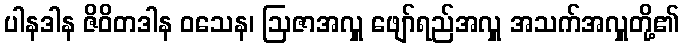
ပါနဒါန ဇိဝိတဒါန ဝသေန၊ ဩဇာအလှူ ဖျော်ရည်အလှူ အသက်အလှူတို့၏